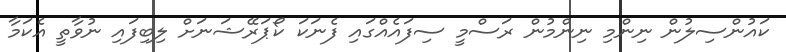
ކައުންސިލުން ނިންމި ނިންމުން ރަސްމީ ސިފައެއްގައި ފެނަކަ ކޯޕަރޭޝަނަށް ލިބިފައި ނުވާތީ އެކަމާ